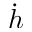
\dot { h }